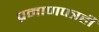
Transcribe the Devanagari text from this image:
प्रमाणपत्रही